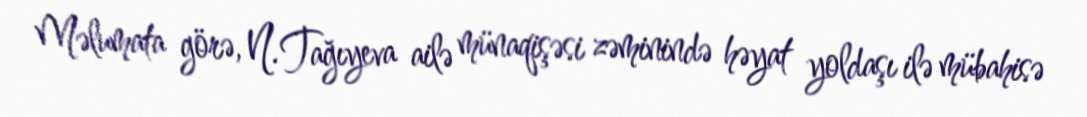
Məlumata görə, N. Tağıyeva ailə münaqişəsi zəminində həyat yoldaşı ilə mübahisə